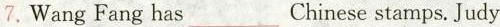
7.Wang Fang has___Chinese stamps. Judy